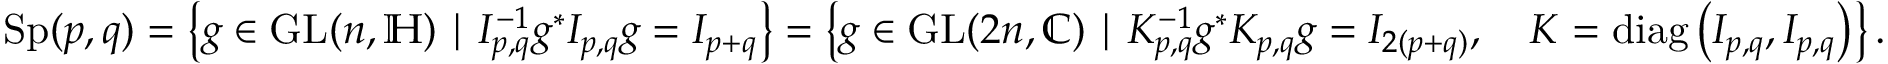
\mathrm { S p } ( p , q ) = \left\{ g \in \mathrm { G L } ( n , \mathbb { H } ) \mid I _ { p , q } ^ { - 1 } g ^ { * } I _ { p , q } g = I _ { p + q } \right\} = \left\{ g \in \mathrm { G L } ( 2 n , \mathbb { C } ) \mid K _ { p , q } ^ { - 1 } g ^ { * } K _ { p , q } g = I _ { 2 ( p + q ) } , \quad K = \operatorname { d i a g } \left( I _ { p , q } , I _ { p , q } \right) \right\} .